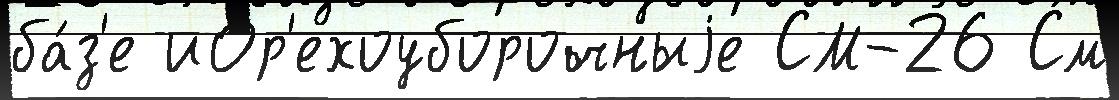
ба́з'е иОр'ехоуборочныjе СМ-26 См